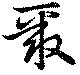
聚